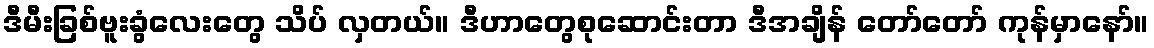
ဒီမီးခြစ်ဗူးခွံလေးတွေ သိပ် လှတယ်။ ဒီဟာတွေစုဆောင်းတာ ဒီအချိန် တော်တော် ကုန်မှာနော်။